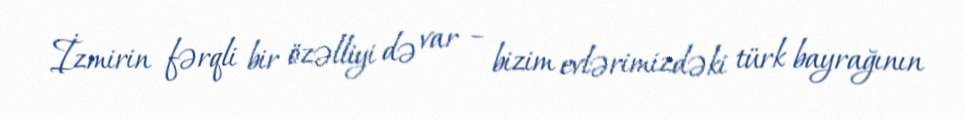
İzmirin fərqli bir özəlliyi də var – bizim evlərimizdəki türk bayrağının